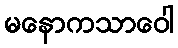
မနောကသာဝေါ